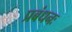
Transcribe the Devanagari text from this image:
प्रबंधनः